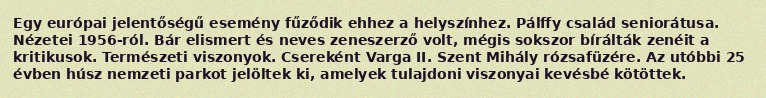
Egy európai jelentőségű esemény fűződik ehhez a helyszínhez. Pálffy család seniorátusa. Nézetei 1956-ról. Bár elismert és neves zeneszerző volt, mégis sokszor bírálták zenéit a kritikusok. Természeti viszonyok. Csereként Varga II. Szent Mihály rózsafüzére. Az utóbbi 25 évben húsz nemzeti parkot jelöltek ki, amelyek tulajdoni viszonyai kevésbé kötöttek.